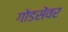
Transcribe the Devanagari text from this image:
गोडसेंवर